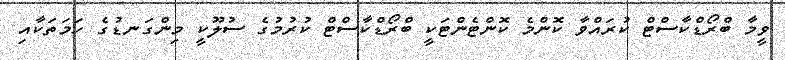
ވީމާ ބްރޯޑްކާސްޓް ކުރައްވާ ކޮންމެ ކޮންޓެންޓަކީ ބްރޯޑްކާސްޓް ކުރުމުގެ ސުލޫކީ މިންގަނޑުގެ ހަމަތަކާއި